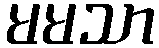
မမသာ